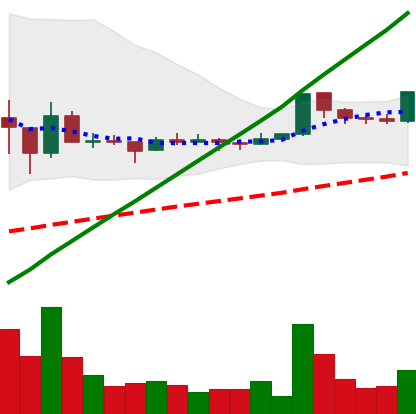
Ticker: DOGE-USD
Chart end date: 2021-03-13
Forward return: -8.087%
Label: down_7plus